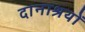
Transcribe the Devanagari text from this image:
दानाश्रयों